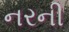
નરની